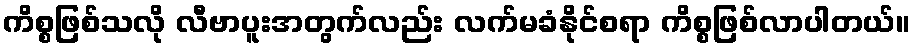
ကိစ္စဖြစ်သလို လီဗာပူးအတွက်လည်း လက်မခံနိုင်စရာ ကိစ္စဖြစ်လာပါတယ်။